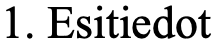
1. Esitiedot